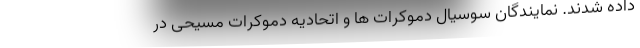
داده شدند. نمایندگان سوسیال دموکرات ها و اتحادیه دموکرات مسیحی در